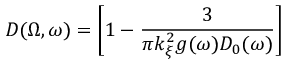
D ( \Omega , \omega ) = \bigg [ 1 - \frac { 3 } { \pi k _ { \xi } ^ { 2 } g ( \omega ) D _ { 0 } ( \omega ) } \bigg ]